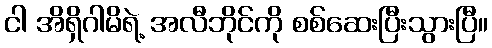
ငါ အိရှိဂါမိရဲ့ အလီဘိုင်ကို စစ်ဆေးပြီးသွားပြီ။